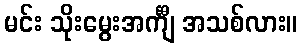
မင်း သိုးမွေးအင်္ကျီ အသစ်လား။